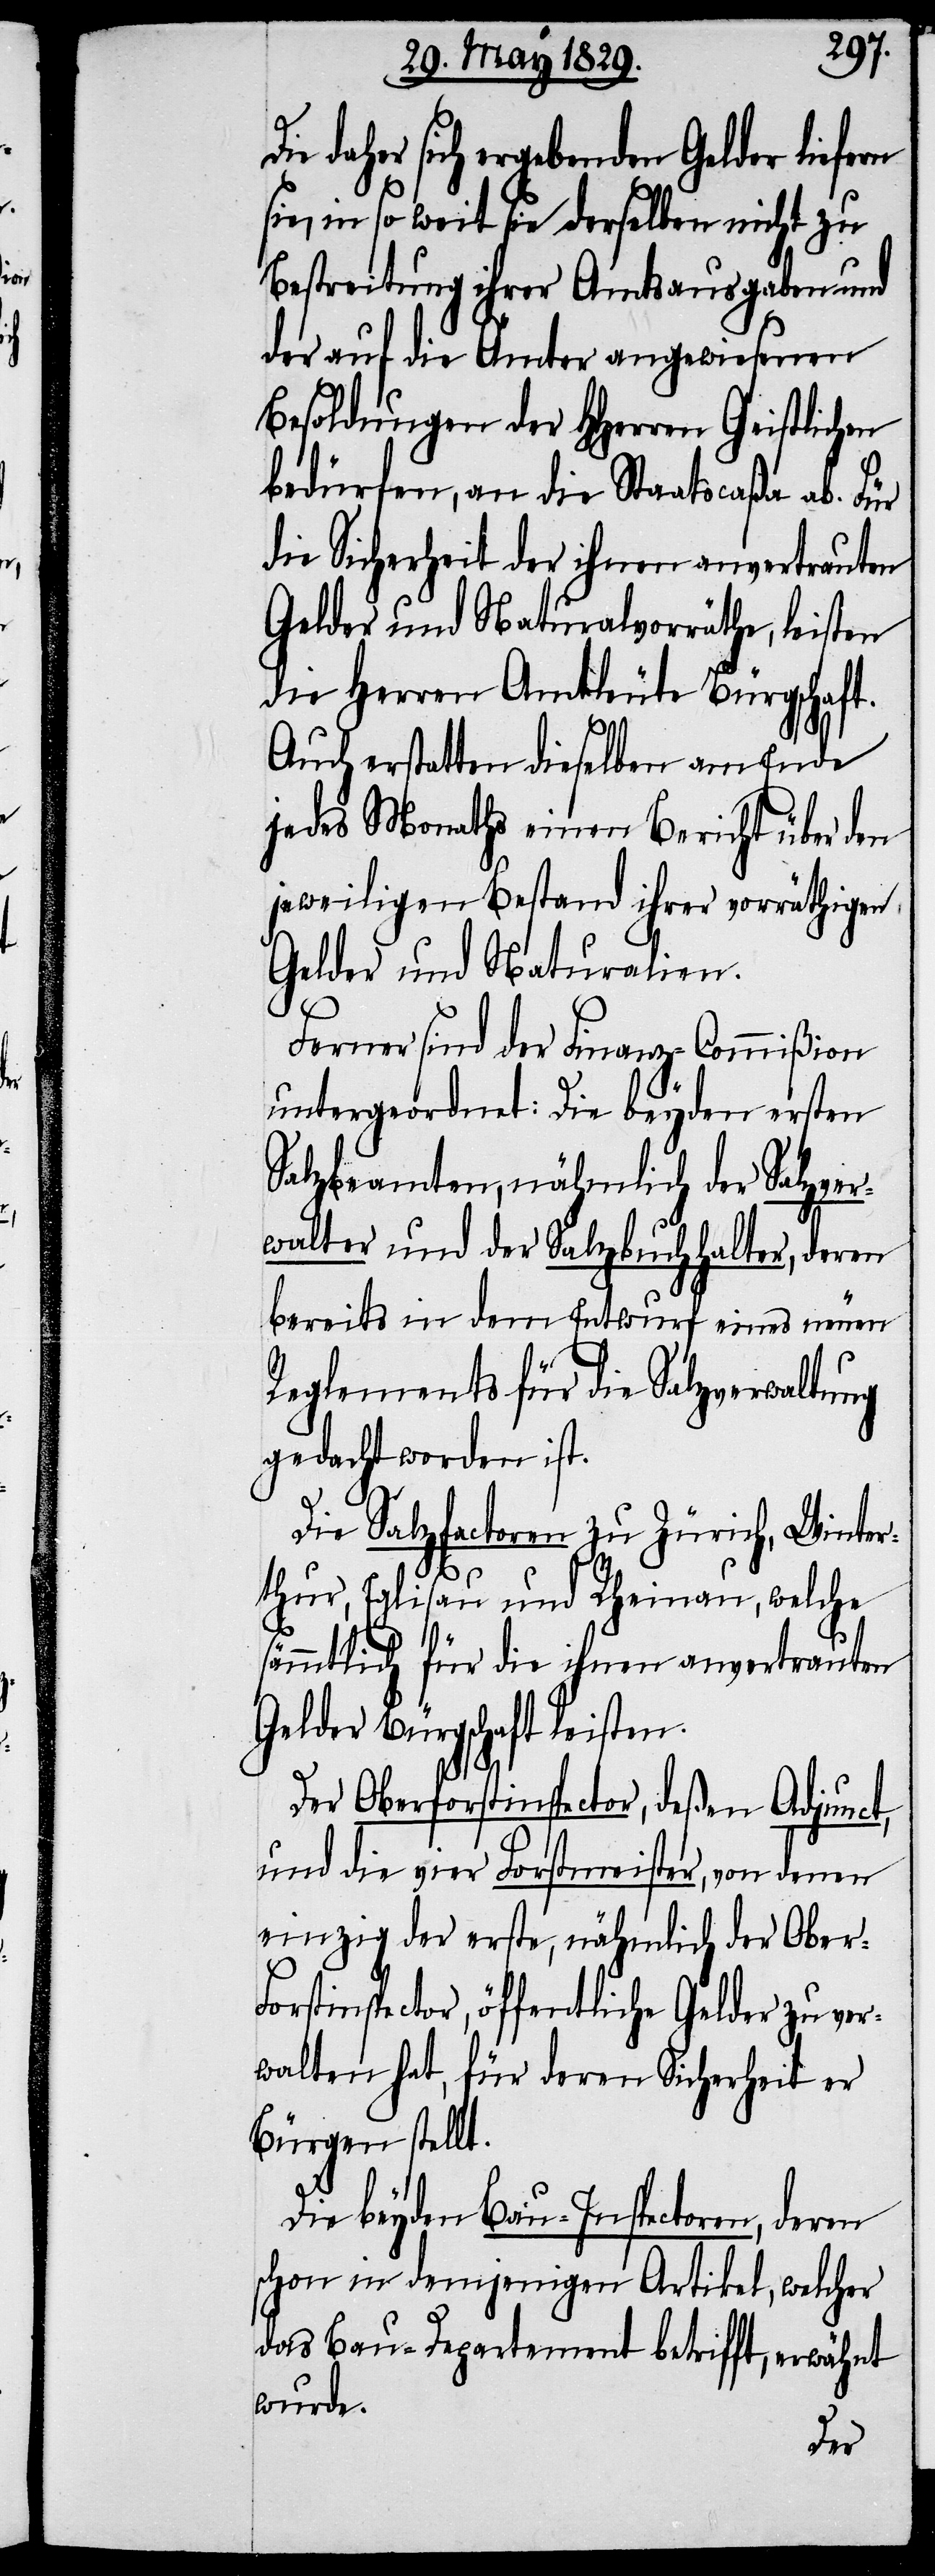
daher sich ergebenden Gelder lie¬
sie, in so weit sie derselben nicht zu
Bestreitung ihrer Amtsausgaben und
der auf die Ämter angewiesenen
Besoldungen der HHerren Geistlichen
bedürfen, an die Staatscaßa ab. Für
die Sicherheit der ihnen anvertrauten
Gelder und Naturvorräthe, leisten
die Herren Amtleute Bürgschaft.
Auch erstatten dieselben an Ende
jedes Monaths einen Bericht über den
jeweiligen Bestand ihrer vorräthigen
Gelder und Naturalien.
Ferner sind der Finanz-Commißion
untergeordnet: Die beyden ersten
Salzbeamten, nähmlich der Salzver¬
walter und der Salzbuchhalter, deren
bereits in dem Entwurf eines neuen
Reglements für die Salzverwaltung
gedacht worden ist.
Die Salzfactoren zu Zürich, Winter¬
thur, Eglisau und Rheinau, welche
sämmtlich für die ihnen anvertrauten
Geldern Bürgschaft leisten.
Der Oberforstinspector, deßen Adjunct,
und die vier Forstmeister, von denen
einzig der erste, nähmlich der Ober-F¬
orstinspector, öffentliche Gelder zu ver¬
walten hat, für deren Sicherheit er
Bürgen stellt.
Die beyden Bau-Inspectoren, deren
schon im demjenigen Artikel, welcher
das Bau-Departement betrifft, erwähnt
wurde.
fern